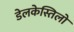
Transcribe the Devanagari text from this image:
डेलकेस्तिलो